Manual of vaccination for the United Provinces of Agra and Oudh -
Year: 1903
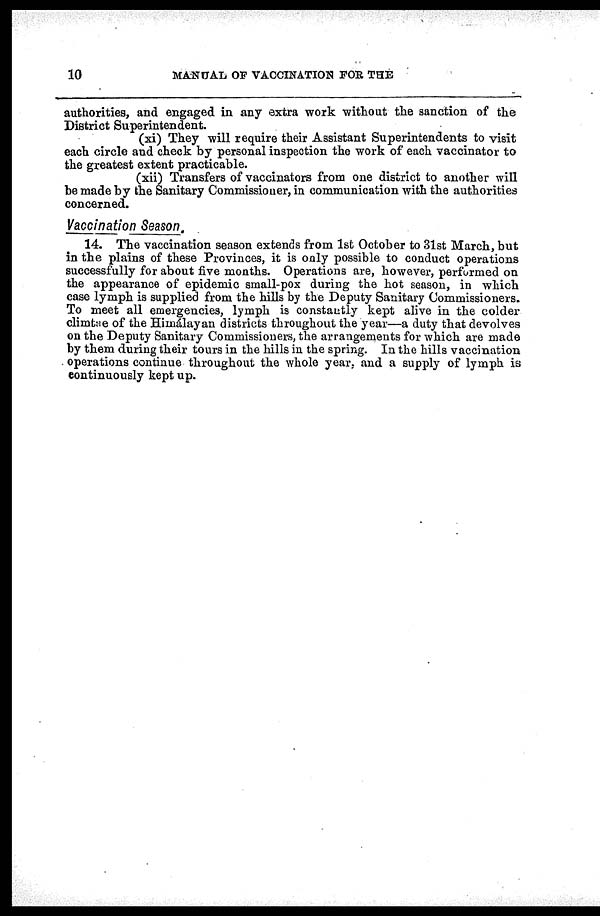
10
MANUAL OF VACCINATION FOR THE
authorities, and engaged in any extra work without the sanction of the
District Superintendent.
(xi) They will require their Assistant Superintendents to visit
each circle and check by personal inspection the work of each vaccinator to
the greatest extent practicable.
(xii) Transfers of vaccinators from one district to another will
be made by the Sanitary Commissioner, in communication with the authorities
concerned.
Vaccination Season.
14. The vaccination season extends from 1st October to 31st March, but
in the plains of these Provinces, it is only possible to conduct operations
successfully for about five months. Operations are, however, performed on
the appearance of epidemic small-pox during the hot season, in which
case lymph is supplied from the hills by the Deputy Sanitary Commissioners.
To meet all emergencies, lymph is constantly kept alive in the colder
climtae of the Himálayan districts throughout the year—a duty that devolves
on the Deputy Sanitary Commissioners, the arrangements for which are made
by them during their tours in the hills in the spring. In the hills vaccination
operations continue throughout the whole year, and a supply of lymph is
continuously kept up.